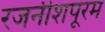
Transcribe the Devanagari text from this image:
रजनीशपूरम